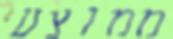
ממוצע